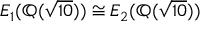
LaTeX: E _ { 1 } ( \mathbb { Q } ( { \sqrt { 1 0 } } ) ) \cong E _ { 2 } ( \mathbb { Q } ( { \sqrt { 1 0 } } ) )